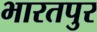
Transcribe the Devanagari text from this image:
भारतपुर